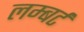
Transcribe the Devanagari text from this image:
लम्बर्ट